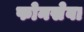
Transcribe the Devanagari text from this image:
फोनसेवा